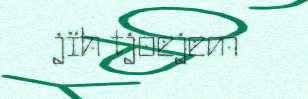
jïh tjoejem